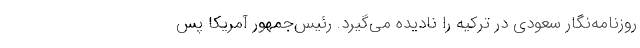
روزنامه‌نگار سعودی در ترکیه را نادیده می‌گیرد. رئیس‌جمهور آمریکا پس